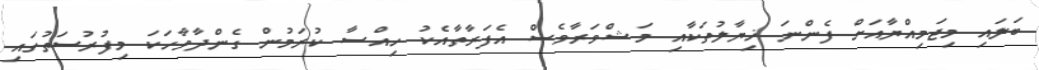
ބަލައި މިޖަމިއްޔާއަށް ފެންނަ ޚިޔާލުތަކާއި މަޝްވަރާވެސް އެފަރާތާއެކު ހިއްސާ ކުރަމުން ގެންދާވާހަކަ މިފުރުސަތުގައި